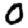
Digit: 0